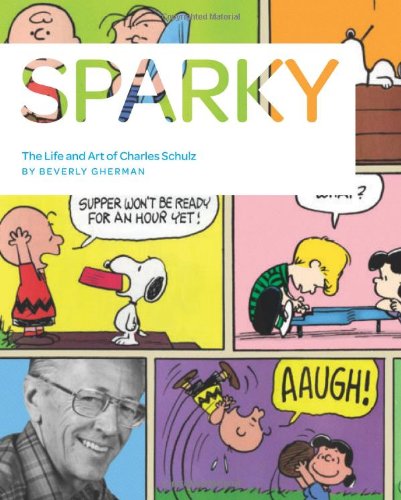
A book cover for Sparky: The Life and Art of Charles Schulz; Beverly Gherman; Children's Books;